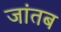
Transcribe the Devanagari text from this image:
जांतब